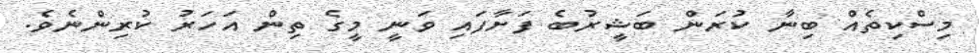
މިސްކިތެއް ބިނާ ކުރަން ބަޝީރުބެ ފަށާފައި ވަނީ މީގެ ތިން އަހަރު ކުރިންނެވެ.